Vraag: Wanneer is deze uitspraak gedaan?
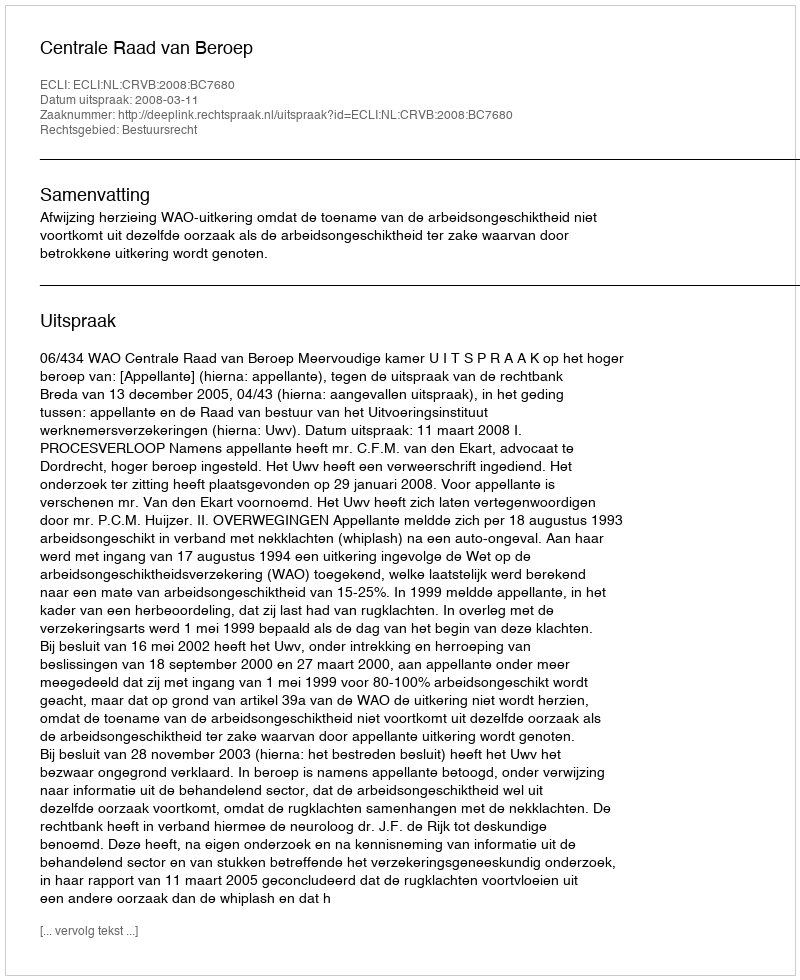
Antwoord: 2008-03-11